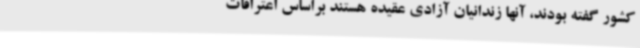
کشور گفته بودند، آنها زندانیان آزادی عقیده هستند براساس اعترافات